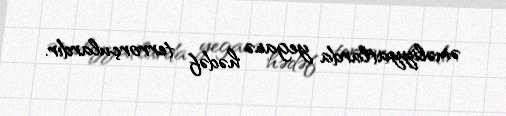
əməliyyatlarda yeganə hədəf terrorçulardır.